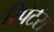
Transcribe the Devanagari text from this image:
रिपेटेंस